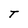
Character: T